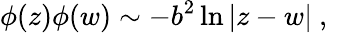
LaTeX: \phi(z)\phi(w)\sim-b^{2}\ln|z-w|~,~~~